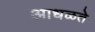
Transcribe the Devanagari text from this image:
आधळते